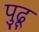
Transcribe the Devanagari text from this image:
पुढू